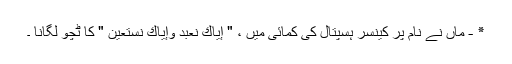
٭ - ماں نے نام پر کینسر ہسپتال کی کمائی میں ، " إِيَّاكَ نَعْبُدُ وَإِيَّاكَ نَسْتَعِينُ " کا ٹچّو لگانا ۔